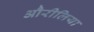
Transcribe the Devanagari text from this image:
औरीलिया